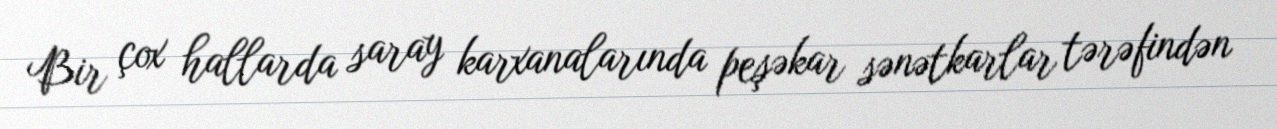
Bir çox hallarda saray karxanalarında peşəkar sənətkarlar tərəfindən